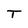
Character: T